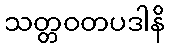
သတ္တဝတပဒါနိ